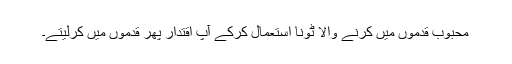
محبوب قدموں میں کرنے والا ٹونا استعمال کرکے آپ اقتدار پھر قدموں میں کرلیتے۔